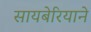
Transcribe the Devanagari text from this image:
सायबेरियाने